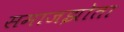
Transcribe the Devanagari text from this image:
समाजझोता